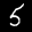
Digit: 5